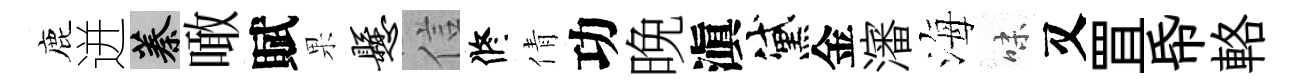
鹿迸蓁噉賦果悬信修倩功晚滇黛金瀋海味又罝帋輅